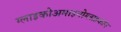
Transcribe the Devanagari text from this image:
ग्लाइकोअमाइनोग्लाइकॉन